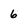
Character: 6